Rangoon Lunatic Asylum 1878-1892 - 1878-1892
Year: 1878
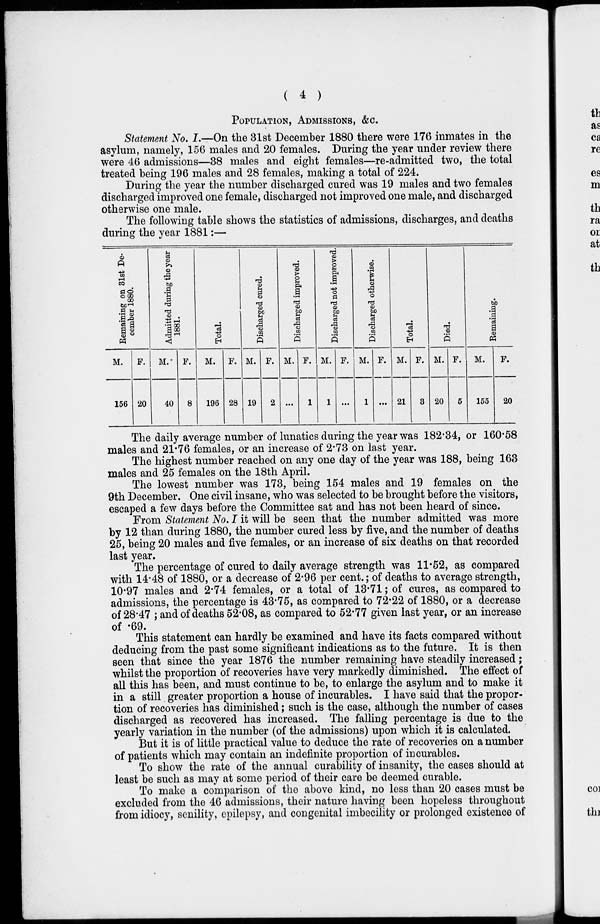
( 4 )
POPULATION, ADMISSIONS, &C.
Statement No. I.—On the 31st December 1880 there were 176 inmates in the
asylum, namely, 156 males and 20 females. During the year under review there
were 46 admissions—38 males and eight females—re-admitted two, the total
treated being 196 males and 28 females, making a total of 224.
During the year the number discharged cured was 19 males and two females
discharged improved one female, discharged not improved one male, and discharged
otherwise one male.
The following table shows the statistics of admissions, discharges, and deaths
during the year 1881 :—
Remaining
on 31st De-
cember 1880.
M.
156
F.
20
Admitted during the year
1881.
M.
40
F.
8
Total.
M.
196
F.
28
Discharged cured.
M.
19
F.
2
Discharged improved.
M.
...
F.
1
Discharged not improved.
M.
1
F.
...
Discharged otherwise.
M.
1
F.
...
Total.
M.
21
F.
3
Died.
M.
20
F.
5
Remaining.
M.
155
F.
20
The daily average number of lunatics during the year was 182.34, or 160.58
males and 21.76 females, or an increase of 2.73 on last year.
The highest number reached on any one day of the year was 188, being 163
males and 25 females on the 18th April.
The lowest number was 173, being 154 males and 19 females on the
9th December. One civil insane, who was selected to be brought before the visitors,
escaped a few days before the Committee sat and has not been heard of since.
From Statement No. I it will be seen that the number admitted was more
by 12 than during 1880, the number cured less by five, and the number of deaths
25, being 20 males and five females, or an increase of six deaths on that recorded
last year.
The percentage of cured to daily average strength was 11.52, as compared
with 14.48 of 1880, or a decrease of 2.96 per cent.; of deaths to average strength,
10.97 males and 2.74 females, or a total of 13.71; of cures, as compared to
admissions, the percentage is 43.75, as compared to 72.22 of 1880, or a decrease
of 28.47 ; and of deaths 52.08, as compared to 52.77 given last year, or an increase
of .69.
This statement can hardly be examined and have its facts compared without
deducing from the past some significant indications as to the future. It is then
seen that since the year 1876 the number remaining have steadily increased;
whilst the proportion of recoveries have very markedly diminished. The effect of
all this has been, and must continue to be, to enlarge the asylum and to make it
in a still greater proportion a house of incurables. I have said that the propor-
tion of recoveries has diminished; such is the case, although the number of cases
discharged as recovered has increased. The falling percentage is due to the
yearly variation in the number (of the admissions) upon which it is calculated.
But it is of little practical value to deduce the rate of recoveries on a number
of patients which may contain an indefinite proportion of incurables.
To show the rate of the annual curability of insanity, the cases should at
least be such as may at some period of their care be deemed curable.
To make a comparison of the above kind, no less than 20 cases must be
excluded from the 46 admissions, their nature having been hopeless throughout
from idiocy, senility, epilepsy, and congenital imbecility or prolonged existence of